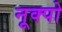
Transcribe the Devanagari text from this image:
नूक्पो